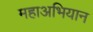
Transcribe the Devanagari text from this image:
महाअभियान